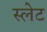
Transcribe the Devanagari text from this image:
स्‍लेट